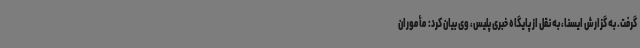
گرفت. به گزارش ایسنا، به نقل از پایگاه خبری پلیس، وی بیان کرد: مأموران